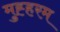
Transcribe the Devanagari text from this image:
मुह्हरम